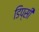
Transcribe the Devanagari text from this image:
डिप्सी